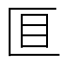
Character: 𫧐